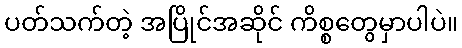
ပတ်သက်တဲ့ အပြိုင်အဆိုင် ကိစ္စတွေမှာပါပဲ။